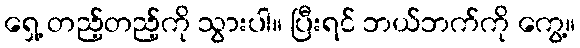
ရှေ့ တည့်တည့်ကို သွားပါ။ ပြီးရင် ဘယ်ဘက်ကို ကွေ့။